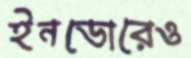
ইনডোরেও